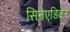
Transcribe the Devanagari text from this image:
सिनेएडिटर